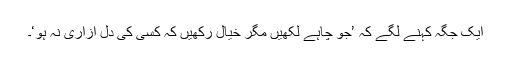
ایک جگہ کہنے لگے کہ ’جو چاہے لکھیں مگر خیال رکھیں کہ کسی کی دل آزاری نہ ہو‘۔